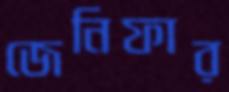
জেনিফার